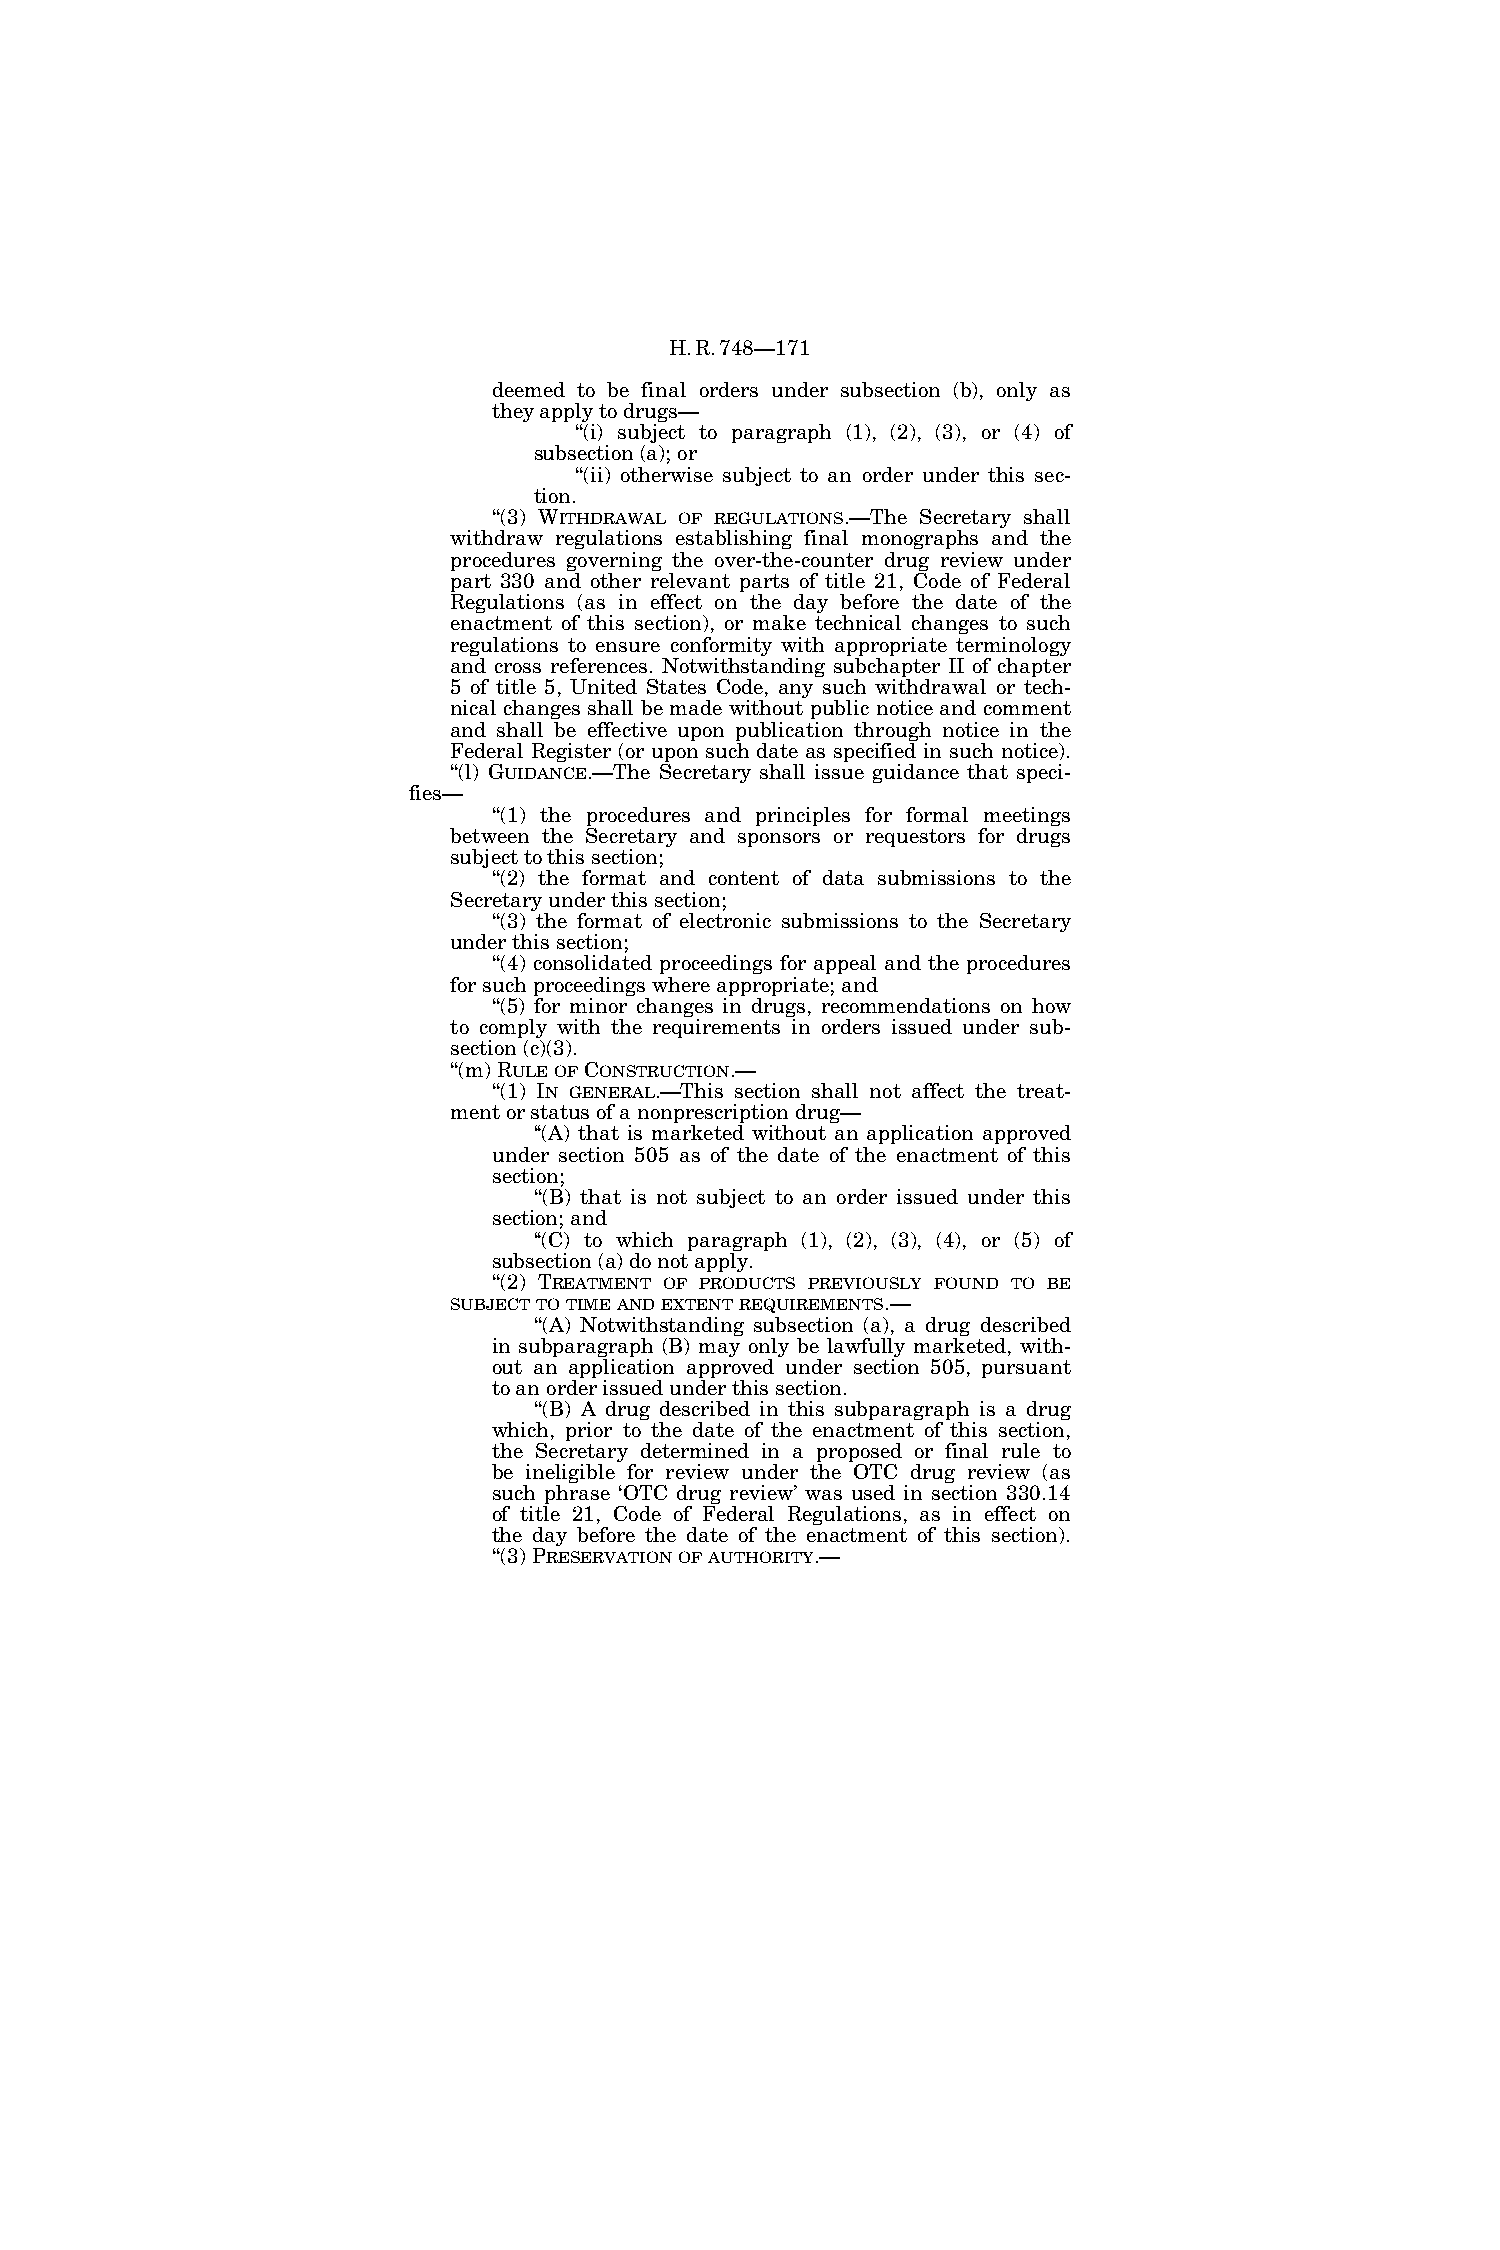
H.R.748—171
 deemed to be final orders under subsection (b), only as
 they apply to drugs—
 ‘‘(i) subject to paragraph (1), (2), (3), or (4) of
 subsection (a); or
 ‘‘(ii) otherwise subject to an order under this sec-
 tion.
 ‘‘(3) WITHDRAWAL OF REGULATIONS.—The Secretary shall
 withdraw regulations establishing final monographs and the
 procedures governing the over-the-counter drug review under
 part 330 and other relevant parts of title 21, Code of Federal
 Regulations (as in effect on the day before the date of the
 enactment of this section), or make technical changes to such
 regulations to ensure conformity with appropriate terminology
 and cross references. Notwithstanding subchapter II of chapter
 5 of title 5, United States Code, any such withdrawal or tech-
 nical changes shall be made without public notice and comment
 and shall be effective upon publication through notice in the
 Federal Register (or upon such date as specified in such notice).
 ‘‘(l) GUIDANCE.—The Secretary shall issue guidance that speci-
 fies—
 ‘‘(1) the procedures and principles for formal meetings
 between the Secretary and sponsors or requestors for drugs
 subject to this section;
 ‘‘(2) the format and content of data submissions to the
 Secretary under this section;
 ‘‘(3) the format of electronic submissions to the Secretary
 under this section;
 ‘‘(4) consolidated proceedings for appeal and the procedures
 for such proceedings where appropriate; and
 ‘‘(5) for minor changes in drugs, recommendations on how
 to comply with the requirements in orders issued under sub-
 section (c)(3).
 ‘‘(m) RULEOFCONSTRUCTION.—
 ‘‘(1) IN GENERAL.—This section shall not affect the treat-
 ment or status of a nonprescription drug—
 ‘‘(A) that is marketed without an application approved
 under section 505 as of the date of the enactment of this
 section;
 ‘‘(B) that is not subject to an order issued under this
 section; and
 ‘‘(C) to which paragraph (1), (2), (3), (4), or (5) of
 subsection (a) do not apply.
 ‘‘(2) TREATMENT OF PRODUCTS PREVIOUSLY FOUND TO BE
 SUBJECTTOTIMEANDEXTENTREQUIREMENTS.—
 ‘‘(A) Notwithstanding subsection (a), a drug described
 in subparagraph (B) may only be lawfully marketed, with-
 out an application approved under section 505, pursuant
 to an order issued under this section.
 ‘‘(B) A drug described in this subparagraph is a drug
 which, prior to the date of the enactment of this section,
 the Secretary determined in a proposed or final rule to
 be ineligible for review under the OTC drug review (as
 such phrase ‘OTC drug review’ was used in section 330.14
 of title 21, Code of Federal Regulations, as in effect on
 the day before the date of the enactment of this section).
 ‘‘(3) PRESERVATIONOFAUTHORITY.—